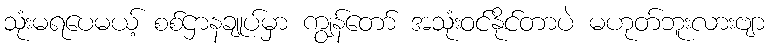
သုံးမရပေမယ့် စစ်ဌာနချုပ်မှာ ကျွန်တော် အသုံးဝင်နိုင်တာပဲ မဟုတ်ဘူးလားဗျာ